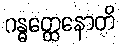
ဂန္ဓတ္ထေနောတိ